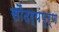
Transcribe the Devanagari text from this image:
सौंदर्यंपूर्ण